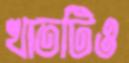
খাতটিও